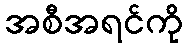
အစီအရင်ကို